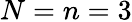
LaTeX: N=n=3